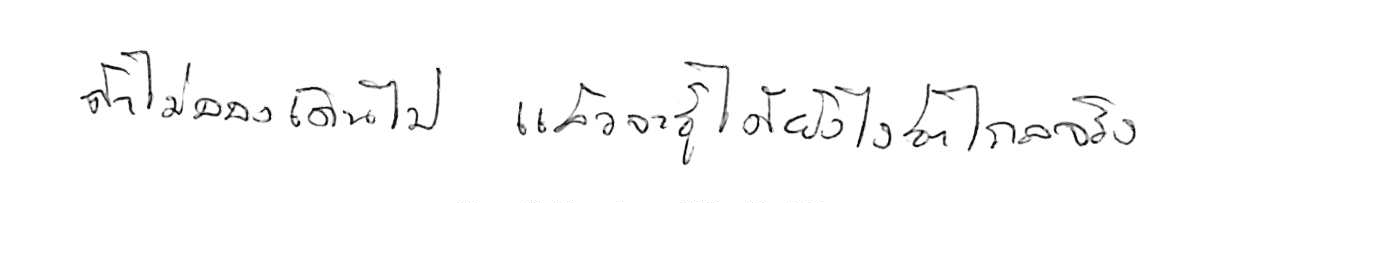
ถ้าไม่ลองเดินไป แล้วจะรู้ได้ยังไงว่าไกลจริง